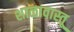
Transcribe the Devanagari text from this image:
शाळावास्तू